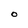
Character: O